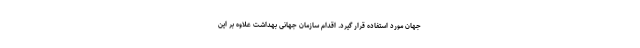
جهان مورد استفاده قرار گیرد. اقدام سازمان جهانی بهداشت علاوه بر این